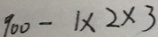
9 0 0 - 1 \times 2 \times 3